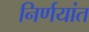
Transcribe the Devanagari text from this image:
निर्णयांत